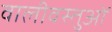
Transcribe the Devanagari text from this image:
वालीवस्तुओं